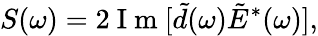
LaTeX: S(\omega)=2\mathrm{~I~m~}[\tilde{d}(\omega)\tilde{E}^{\ast}(\omega)],